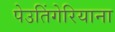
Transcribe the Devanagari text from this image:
पेउतिंगेरियाना